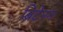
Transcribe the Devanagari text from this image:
ब्रिटेनन